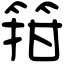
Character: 箝